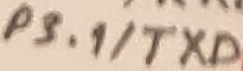
Text: P3.1/TXD